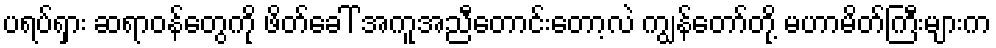
ပရပ်ရှား ဆရာဝန်တွေကို ဖိတ်ခေါ် အကူအညီတောင်းတော့လဲ ကျွန်တော်တို့ မဟာမိတ်ကြီးများက